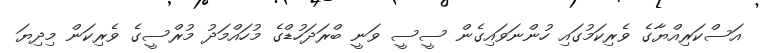
އަސްކަރިއްޔާގެ ވެރިކަމުގައި ހުންނަވައިގެން ސީސީ ވަނީ ބްރަދަހުޑްގެ މުހައްމަދު މުރްސީގެ ވެރިކަން މިދިޔަ